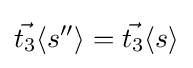
{\vec {t_{3}}}\langle s''\rangle ={\vec {t_{3}}}\langle s\rangle